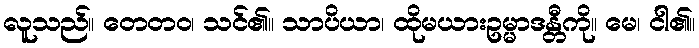
လူသည်။ တေတဝ၊ သင်၏။ သာပိယာ၊ ထိုမယားဥမ္မာဒန္တီကို။ မေ၊ ငါ၏။